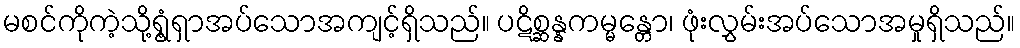
မစင်ကိုကဲ့သို့ရွံ့ရှာအပ်သောအကျင့်ရှိသည်။ ပဋိစ္ဆန္နကမ္မန္တော၊ ဖုံးလွှမ်းအပ်သောအမှုရှိသည်။